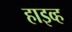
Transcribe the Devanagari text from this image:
हाइव्ह